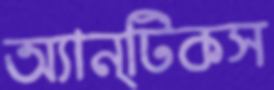
অ্যান্টিকস